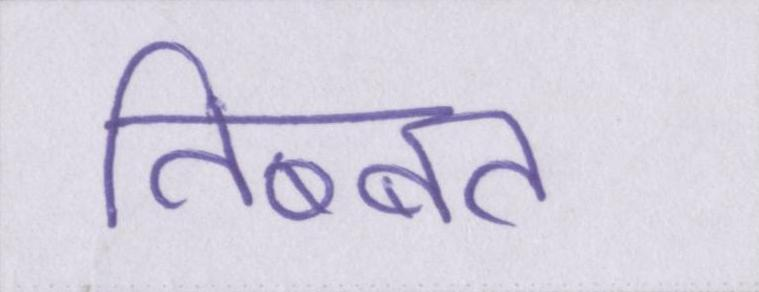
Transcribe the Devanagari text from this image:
तिब्बत